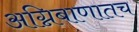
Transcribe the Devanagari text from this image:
अग्निबाणातच